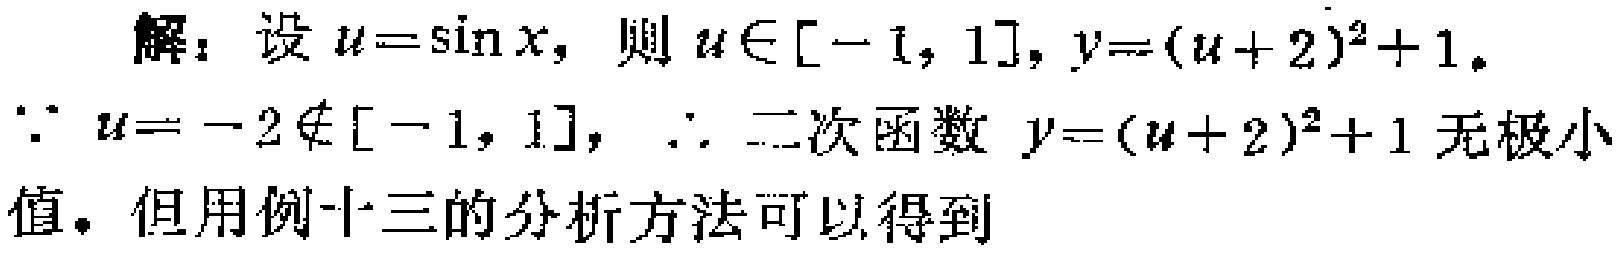
解：设\(u = \sin x\)，则\(u\in[-1,1]\)，\(y=(u + 2)^2+1\)。
\(\because u=-2\notin[-1,1]\)，\(\therefore\)二次函数 \(y=(u + 2)^2+1\) 无极小值。但用例十三的分析方法可以得到